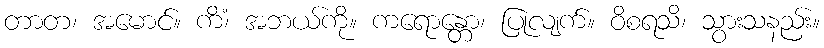
တာတ၊ အမောင်။ ကိံ၊ အဘယ်ကို။ ကရောန္တော၊ ပြုလျက်။ ဝိစရသိ၊ သွားသနည်း။